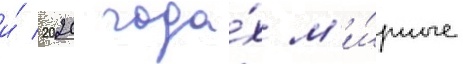
и́ 2020 года́х м'и́рные